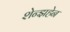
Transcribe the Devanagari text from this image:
शेन्झहेन